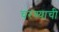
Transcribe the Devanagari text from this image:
चरण्याची